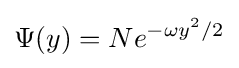
\Psi (y)=Ne^{-\omega y^{2}/2}